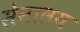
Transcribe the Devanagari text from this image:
सेनालय